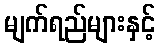
မျက်ရည်များနှင့်